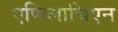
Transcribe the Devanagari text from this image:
एप्पिलाचिएन